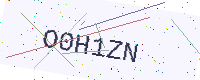
Text: O0H1ZN